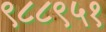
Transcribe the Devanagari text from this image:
९८८९५१